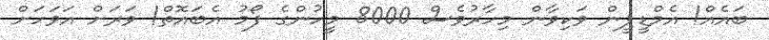
ބައެއް! އެމްޑީޕީން ވަކިވާން މިހާރުވެސް 8000 މީހުންގެ ފޯމު އެބައޮތް! ވަރަށް އަވަހަށް